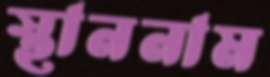
স্থাননাম